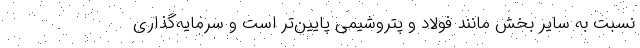
نسبت به سایر بخش مانند فولاد و پتروشیمی پایین‌تر است و سرمایه‌گذاری